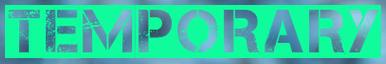
TEMPORARY